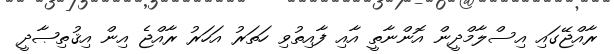
ރާއްޖޭގައި އިސްލާމްދީން އޮންނާތީ އާއި ފާއިތުވި ހަތަރު އަހަރު ރާއްޖެ އިން އިޤުތިޞާދީ